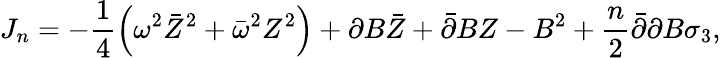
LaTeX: J_{n}=-\frac 14\left(\omega^{2}\bar{Z}^{2}+\bar{\omega}^{2}Z^{2}\right)+\partial B\bar{Z}+\bar{\partial}BZ-B^{2}+\frac n2\bar{\partial}\partial B\sigma_{3},